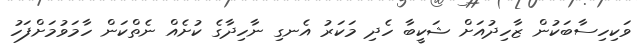
ވަކިހިސާބަކުން ޒާހިދުއަށް ޝަކީބާ ހެދި މަކަރު އެނގި ނާހިދާގެ ކުށެއް ނެތްކަން ހާމަވުމަށްފަހު